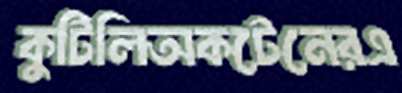
কুটিলিঅকটেনেরএ